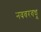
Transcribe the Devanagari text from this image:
नववरवधू